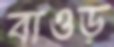
বাওড়